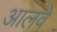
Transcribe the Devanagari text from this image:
आलवे